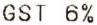
GST 6%